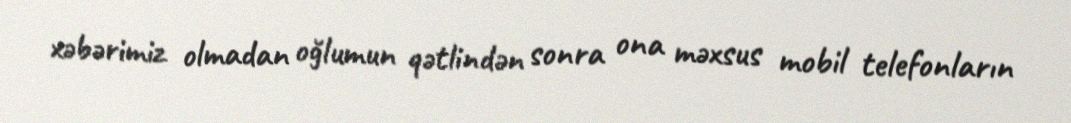
xəbərimiz olmadan oğlumun qətlindən sonra ona məxsus mobil telefonların